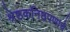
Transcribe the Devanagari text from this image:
श्रेष्ठकनिष्ठपणाचे